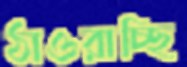
ঠাওরাচ্ছি